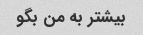
بیشتر به من بگو